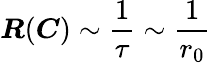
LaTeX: \boldsymbol{R}(\boldsymbol{C})\sim\frac{1}{\tau}\sim\frac{1}{r_{0}}